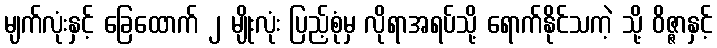
မျက်လုံးနှင့် ခြေထောက် ၂ မျိုးလုံး ပြည့်စုံမှ လိုရာအရပ်သို့ ရောက်နိုင်သကဲ့ သို့ ဝိဇ္ဇာနှင့်